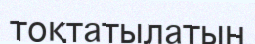
тоқтатылатын